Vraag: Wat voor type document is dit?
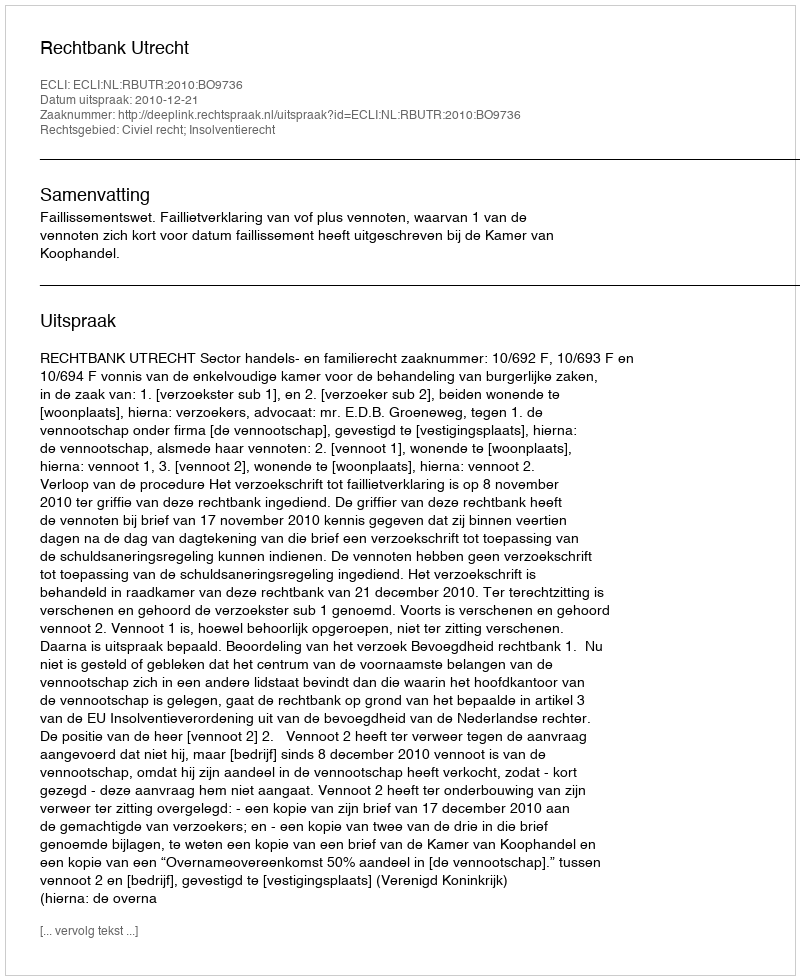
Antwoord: Uitspraak